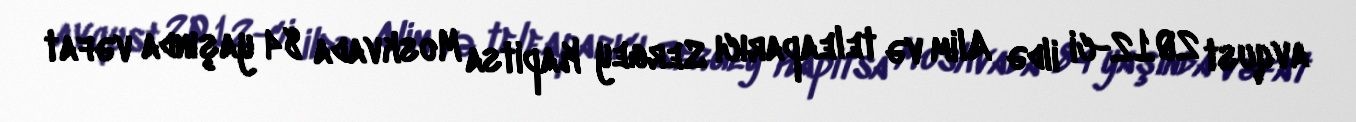
avqust 2012-ci ildə Alim və teleaparıcı Sergey Kapitsa Moskvada 84 yaşında vəfat